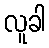
လူခါ